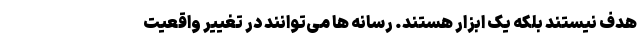
هدف نیستند بلکه یک ابزار هستند. رسانه ها می‌توانند در تغییر واقعیت